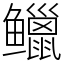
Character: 𫚭